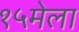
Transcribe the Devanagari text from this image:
१५मेला